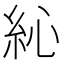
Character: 𥿂